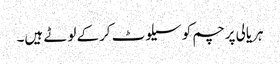
ہریالی پرچم کو سیلوٹ کرکے لوٹے ہیں۔